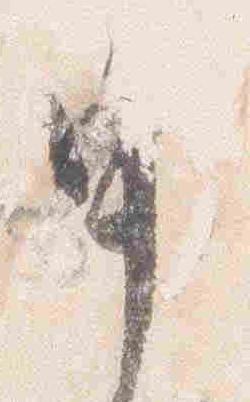
申